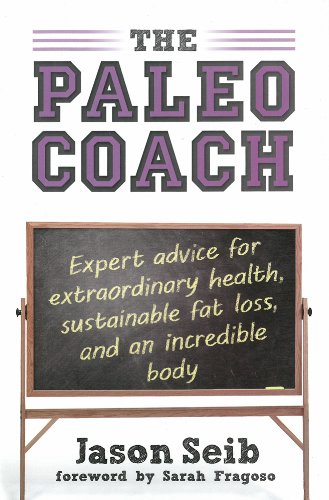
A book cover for The Paleo Coach: Expert Advice for Extraordinary Health, Sustainable Fat Loss, and an incredible body; Jason Seib; Health, Fitness & Dieting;